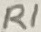
Text: R1